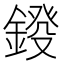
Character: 𨨻